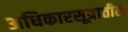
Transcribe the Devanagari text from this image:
अधिकारसूत्रातील